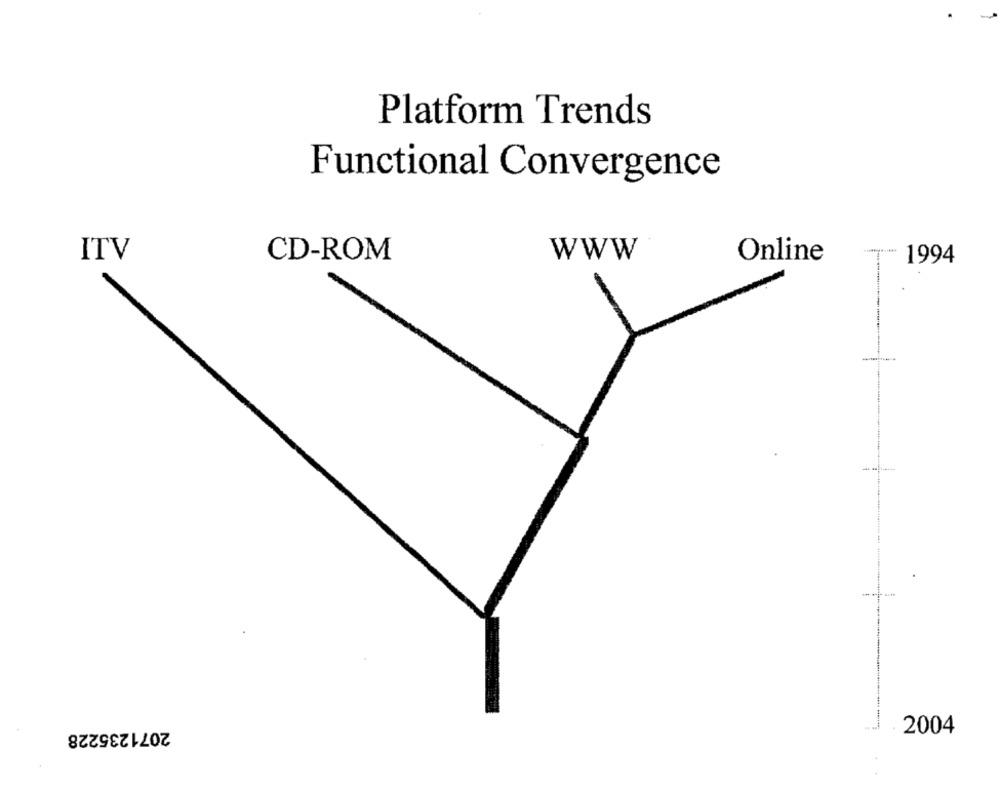
Platform Trends
Functional Convergence
ITV
CD-ROM
www
Online
1994
--
2071235228
2004